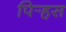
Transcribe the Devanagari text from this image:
पिर्‍हस